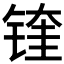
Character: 𲈌